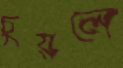
চুয়লে